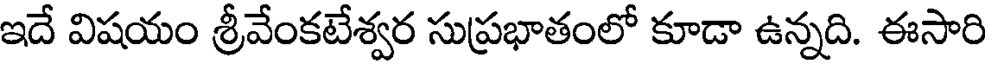
ఇదే విషయం శ్రీవేంకటేశ్వర సుప్రభాతంలో కూడా ఉన్నది. ఈసారి